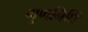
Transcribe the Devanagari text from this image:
गुणनिधिं